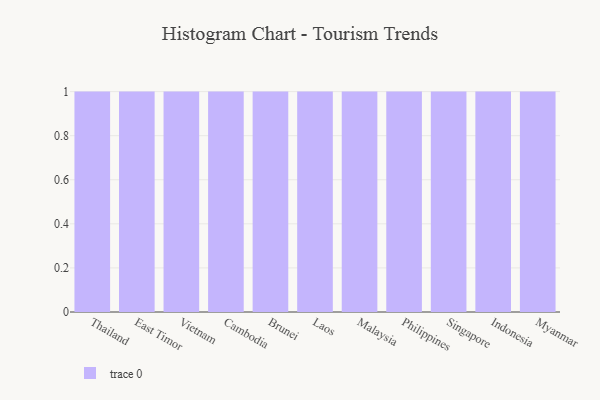
{"axis": {"x": "Country", "y": "Conversion Rate (%)"}, "legend": [""], "data": [{"x": "Thailand", "y": 48, "type": ""}, {"x": "East Timor", "y": 16, "type": ""}, {"x": "Vietnam", "y": 4, "type": ""}, {"x": "Cambodia", "y": 61, "type": ""}, {"x": "Brunei", "y": 29, "type": ""}, {"x": "Laos", "y": 36, "type": ""}, {"x": "Malaysia", "y": 66, "type": ""}, {"x": "Philippines", "y": 6, "type": ""}, {"x": "Singapore", "y": 16, "type": ""}, {"x": "Indonesia", "y": 35, "type": ""}, {"x": "Myanmar", "y": 77, "type": ""}]}